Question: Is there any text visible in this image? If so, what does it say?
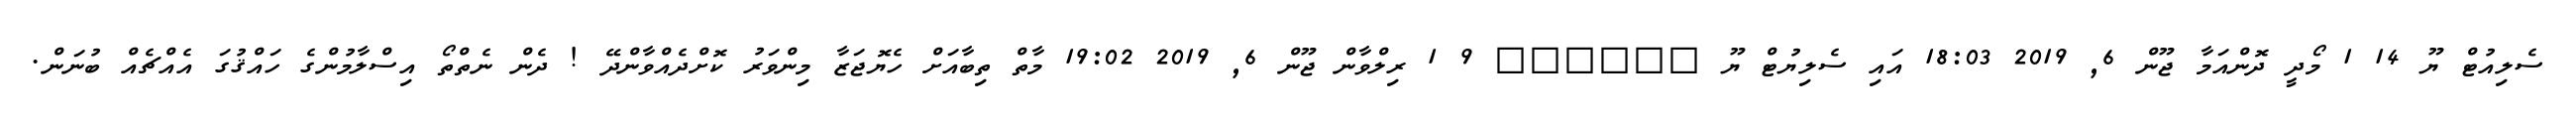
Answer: ސެލިއުޓް ޔޫ 14 1 މޯދީ ދޮންއަމާ ޖޫން 6, 2019 18:03 އައި ސެލިޔުޓް ޔޫ ?????? 9 1 ރިލްވާން ޖޫން 6, 2019 19:02 މާތް ތިބާއަށް ހެޔޮޖަޒާ މިންވަރު ކޮށްދެއްވާންދޭ ! ދެން ނެތްތޯ އިސްލާމުންގެ ހައްޤުގަ އެއްޗެއް ބުނަން.